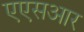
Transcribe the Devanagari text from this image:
एएसआर